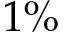
1 \%